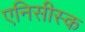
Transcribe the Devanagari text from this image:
एनिसीस्क